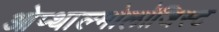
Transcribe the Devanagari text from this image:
ओप्थाल्मोलॉजिस्ट